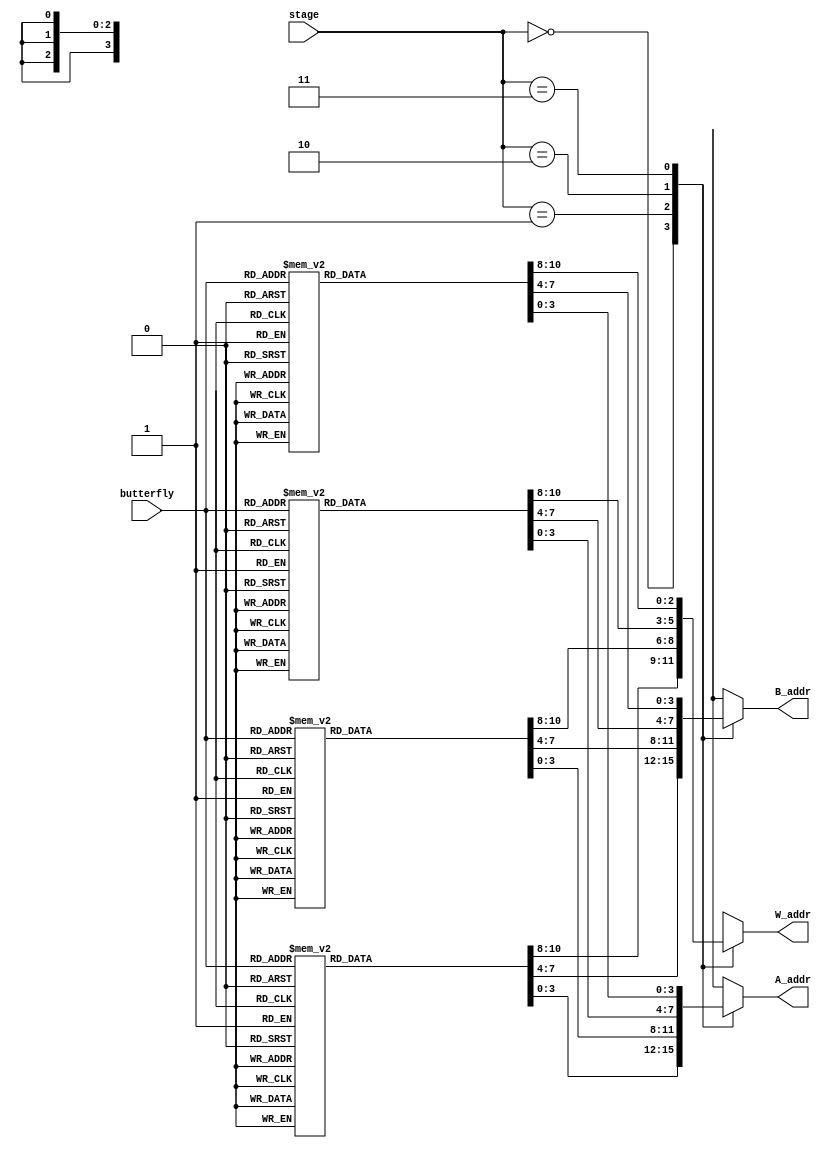
//////////////////////////////////////////////////////////////////////////////////
// Design Name: Fast Fourier Transform (16-point) 
// Module Name: read_addr_lut
// Project Name: Fast Fourier Transform (16-point)
///////////////////////////////////////////////////////////////////////////
module read_addr_lut (
   input wire [1:0] stage,
   input wire [2:0] butterfly,
   output reg [3:0] A_addr,
   output reg [3:0] B_addr,
   output reg [2:0] W_addr
);

   always @(*) begin

      case (stage)

         0: begin
            case (butterfly)

               0: begin
                  A_addr = 0;
                  B_addr = 8;
                  W_addr = 0;
               end

               1: begin
                  A_addr = 4;
                  B_addr = 12;
                  W_addr = 0;
               end

               2: begin
                  A_addr = 2;
                  B_addr = 10;
                  W_addr = 0;
               end

               3: begin
                  A_addr = 6;
                  B_addr = 14;
                  W_addr = 0;
               end

               4: begin
                  A_addr = 1;
                  B_addr = 9;
                  W_addr = 0;
               end

               5: begin
                  A_addr = 5;
                  B_addr = 13;
                  W_addr = 0;
               end

               6: begin
                  A_addr = 3;
                  B_addr = 11;
                  W_addr = 0;
               end

               7: begin
                  A_addr = 7;
                  B_addr = 15;
                  W_addr = 0;
               end

            endcase
         end // case: 0

         1: begin
            case (butterfly)

               0: begin
                  A_addr = 0;
                  B_addr = 4;
                  W_addr = 0;
               end

               1: begin
                  A_addr = 8;
                  B_addr = 12;
                  W_addr = 4;
               end

               2: begin
                  A_addr = 2;
                  B_addr = 6;
                  W_addr = 0;
               end

               3: begin
                  A_addr = 10;
                  B_addr = 14;
                  W_addr = 4;
               end

               4: begin
                  A_addr = 1;
                  B_addr = 5;
                  W_addr = 0;
               end

               5: begin
                  A_addr = 9;
                  B_addr = 13;
                  W_addr = 4;
               end

               6: begin
                  A_addr = 3;
                  B_addr = 7;
                  W_addr = 0;
               end

               7: begin
                  A_addr = 11;
                  B_addr = 15;
                  W_addr = 4;
               end

            endcase
         end // case: 1

         2: begin
            case (butterfly)

               0: begin
                  A_addr = 0;
                  B_addr = 2;
                  W_addr = 0;
               end

               1: begin
                  A_addr = 8;
                  B_addr = 10;
                  W_addr = 2;
               end

               2: begin
                  A_addr = 4;
                  B_addr = 6;
                  W_addr = 4;
               end

               3: begin
                  A_addr = 12;
                  B_addr = 14;
                  W_addr = 6;
               end

               4: begin
                  A_addr = 1;
                  B_addr = 3;
                  W_addr = 0;
               end

               5: begin
                  A_addr = 9;
                  B_addr = 11;
                  W_addr = 2;
               end

               6: begin
                  A_addr = 5;
                  B_addr = 7;
                  W_addr = 4;
               end

               7: begin
                  A_addr = 13;
                  B_addr = 15;
                  W_addr = 6;
               end

            endcase
         end // case: 2

         3: begin
            case (butterfly)

               0: begin
                  A_addr = 0;
                  B_addr = 1;
                  W_addr = 0;
               end

               1: begin
                  A_addr = 8;
                  B_addr = 9;
                  W_addr = 1;
               end

               2: begin
                  A_addr = 4;
                  B_addr = 5;
                  W_addr = 2;
               end

               3: begin
                  A_addr = 12;
                  B_addr = 13;
                  W_addr = 3;
               end

               4: begin
                  A_addr = 2;
                  B_addr = 3;
                  W_addr = 4;
               end

               5: begin
                  A_addr = 10;
                  B_addr = 11;
                  W_addr = 5;
               end

               6: begin
                  A_addr = 6;
                  B_addr = 7;
                  W_addr = 6;
               end

               7: begin
                  A_addr = 14;
                  B_addr = 15;
                  W_addr = 7;
               end

            endcase
         end // case: 3

      endcase

   end

endmodule